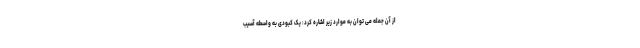
از آن جمله می توان به موارد زیر اشاره کرد: یک کبودی به واسطه آسیب